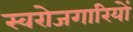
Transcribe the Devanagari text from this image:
स्वरोजगारियों